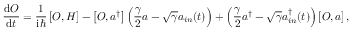
\frac { \mathrm { d } O } { \mathrm { d } t } = \frac { 1 } { \mathrm { i } \hbar } \left[ O , H \right] - \left[ O , a { ^ \dagger } \right] \left( \frac { \gamma } { 2 } a - \sqrt { \gamma } a _ { i n } ( t ) \right) + \left( \frac { \gamma } { 2 } a ^ { \dagger } - \sqrt { \gamma } a _ { i n } ^ { \dagger } ( t ) \right) \left[ O , a \right] ,